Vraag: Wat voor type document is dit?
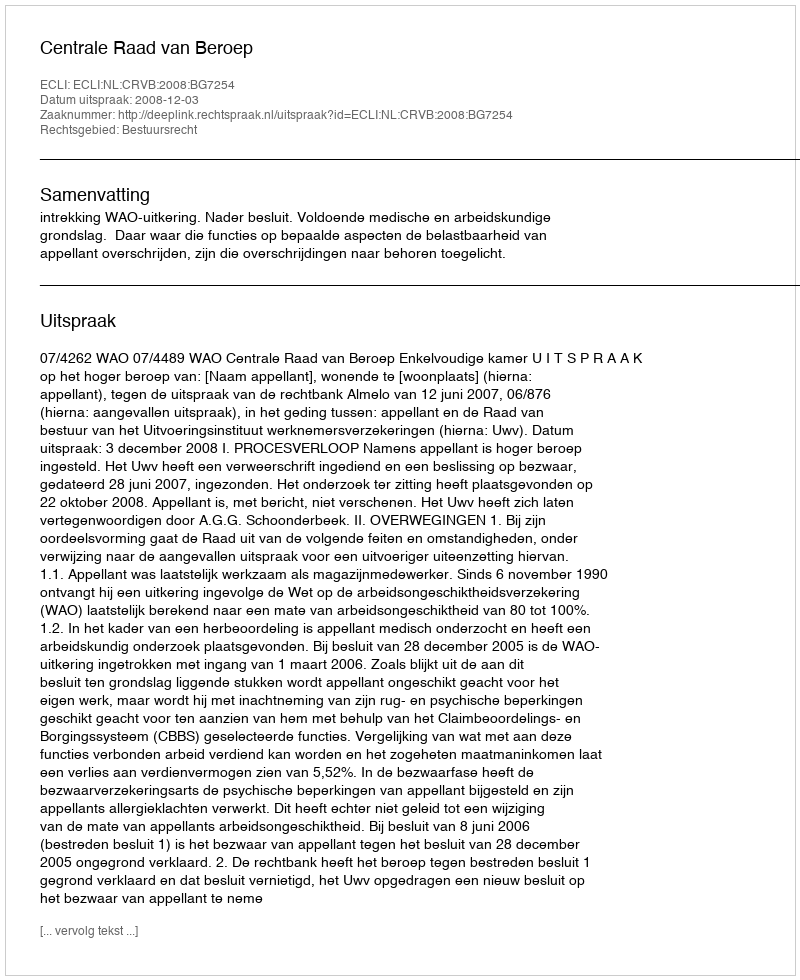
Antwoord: Uitspraak